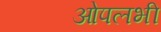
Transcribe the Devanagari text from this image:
ओपलभी